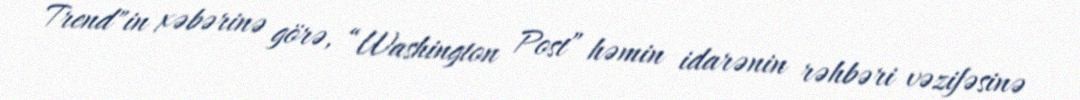
Trend"in xəbərinə görə, “Washington Post” həmin idarənin rəhbəri vəzifəsinə